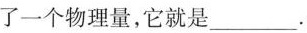
了一个物理量，它就是______.